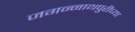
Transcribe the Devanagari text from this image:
जगन्‍नाथपुरीच्या